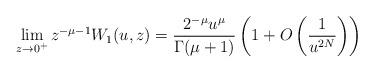
LaTeX: \begin{gather*} \lim_{z\to0^+} z^{-\mu-1}W_1(u,z)=\frac{2^{-\mu}u^\mu}{\Gamma(\mu+1)}\left(1+O\left(\frac1{u^{2N}}\right)\right)\end{gather*}